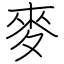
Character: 麥